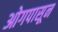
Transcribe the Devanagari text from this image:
ओगपासून